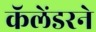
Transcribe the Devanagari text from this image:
कॅलेंडरने